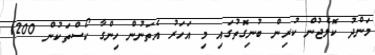
މަންދު ކޮލެޖުން ކުރިން ބުނިގޮތުގައި މި އަހަރު އެތަނުން ހިންގާ ކޯސްތަކުން 1200